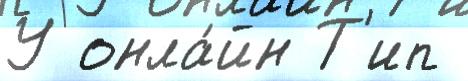
У онла́йн Т'ип